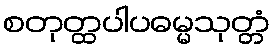
စတုတ္ထပါပဓမ္မသုတ္တံ